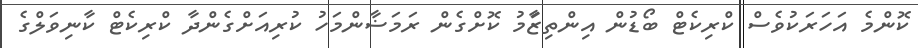
ކޮންމެ އަހަރަކުވެސް ކްރިކެޓް ބޯޑުން އިންތިޒަާމު ކޮށްގެން ރަމަޟާންމަހު ކުރިއަށްގެންދާ ކްރިކެޓް ކާނިވަލްގެ